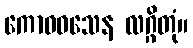
ကောဓဝသေန လဂ္ဂိတုံ။